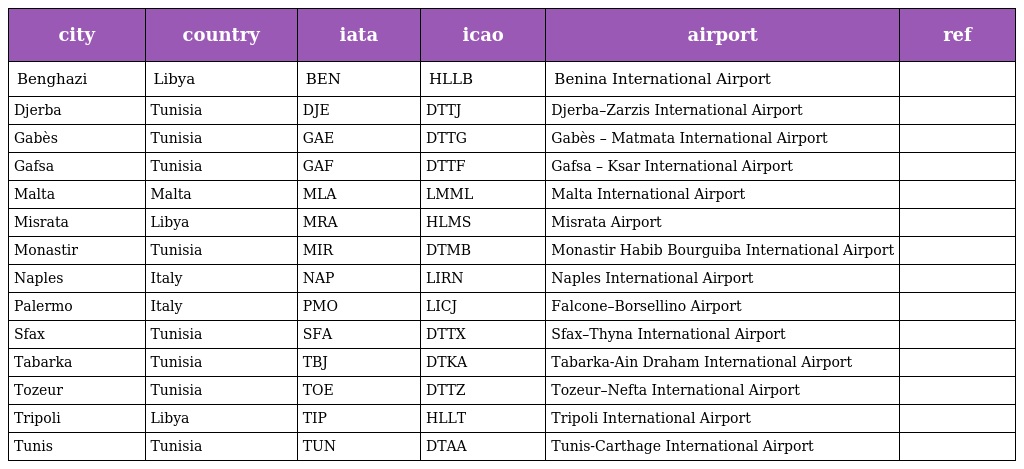
| city | country | iata | icao | airport | ref |
 | --- | --- | --- | --- | --- | --- |
 | Benghazi | Libya | BEN | HLLB | Benina International Airport |  |
 | Djerba | Tunisia | DJE | DTTJ | Djerba–Zarzis International Airport |  |
 | Gabès | Tunisia | GAE | DTTG | Gabès – Matmata International Airport |  |
 | Gafsa | Tunisia | GAF | DTTF | Gafsa – Ksar International Airport |  |
 | Malta | Malta | MLA | LMML | Malta International Airport |  |
 | Misrata | Libya | MRA | HLMS | Misrata Airport |  |
 | Monastir | Tunisia | MIR | DTMB | Monastir Habib Bourguiba International Airport |  |
 | Naples | Italy | NAP | LIRN | Naples International Airport |  |
 | Palermo | Italy | PMO | LICJ | Falcone–Borsellino Airport |  |
 | Sfax | Tunisia | SFA | DTTX | Sfax–Thyna International Airport |  |
 | Tabarka | Tunisia | TBJ | DTKA | Tabarka-Ain Draham International Airport |  |
 | Tozeur | Tunisia | TOE | DTTZ | Tozeur–Nefta International Airport |  |
 | Tripoli | Libya | TIP | HLLT | Tripoli International Airport |  |
 | Tunis | Tunisia | TUN | DTAA | Tunis-Carthage International Airport |  |